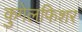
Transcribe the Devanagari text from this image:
कुगेलफिशर